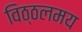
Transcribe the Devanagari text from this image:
विठ्ठलमय